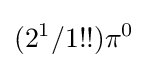
(2^{1}/1!!)\pi ^{0}